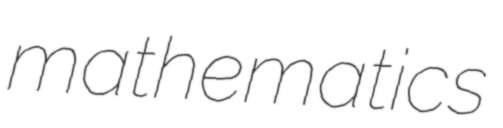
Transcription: mathematics